Tezpur Lunatic Asylum reports 1895-1904 - 1895-1904
Year: 1895
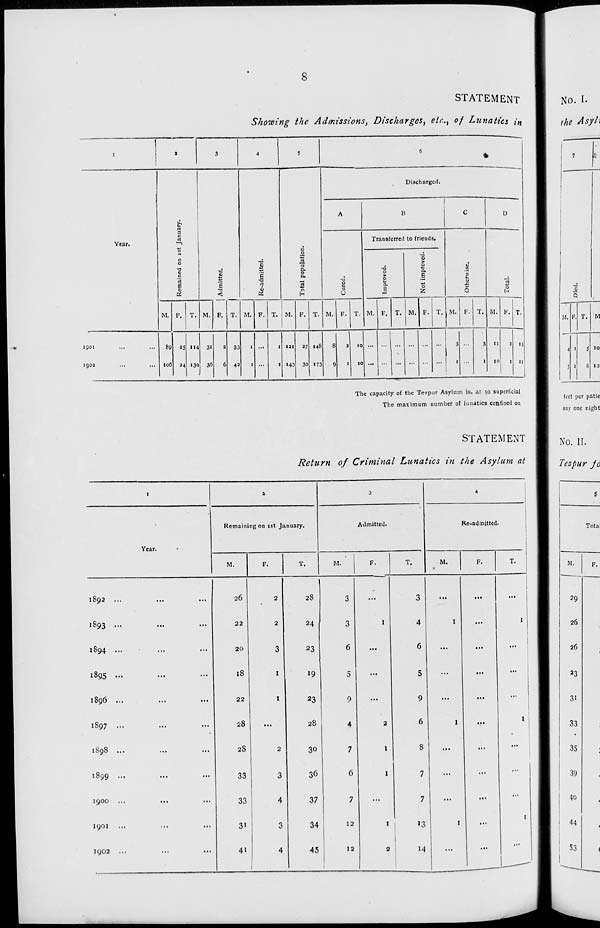
8
STATEMENT
Showing the Admissions, Discharges, etc., of Lunatics in
i
2
3
4
5
6
%
Discharged.
A
B
C
D
n
Year.
a
c
rt
►—1
Transferred to friends.
0
■3
c
0
•a
u
J3
0
>
.
T3
0
■a
»;
a.
•0
a.
.2
B
JJ
E
■a
Q.
TJ
>
0
B
t
„;
E
K
E
-a
<
P2
2
0
H
O
0.
E
0
2
0
0
H
M. F. T. M. F. T. M. F. T. M. F. T. M. F. T. M. F. T. M. F. T. M. F. T. M. P. T.
1901
...
89 as Ii4 3i 2 33 I ...
1
121
27 148
8
2
10
... -1 ' ... ... ... 3 3 11 2 13
1902
...
106
24 13a 36
6 42
I
...
! 143 30 173
0
1
10
... ...
...
1
1
10
1
11
The capacity of the Tezpur Asylum is. at 50 superficial
The maximum number of lunatics confined on
No. I.
1 he Asyli
V
Q
M. F. T. M
4 1
S 10
1 1
g 121
feet per patie
any one night
1892 ...
1893 .-
1894 ...
1895 ...
1896 ...
1897 ...
1898 ..,
1899 ...
1900 ...
1901 ...
1902 ...
Year.
STATEMENT
Return of Criminal Lunatics in the Asylum at
Remaining on 1st January.
M.
F.
26
22
20
18
22
28
2S
33
33
3i
41
28
24
23
19
23
28
30
36
37
34
45
Admitted.
M.
3
3
5
9
4
7
6
12
12
T.
3
4
13
14
Re-ad initted.
M.
No. II.
Tezpur fo
Total
M.
29
26
26
23
31
33
35
39
4o
44
53
F.